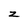
Character: z